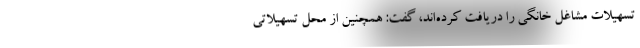
تسهیلات مشاغل خانگی را دریافت کرده‌اند، گفت: همچنین از محل تسهیلاتی